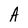
Character: A